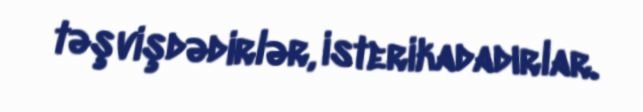
təşvişdədirlər, isterikadadırlar.